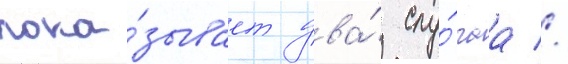
пока́зывает два́ слу́чаа //